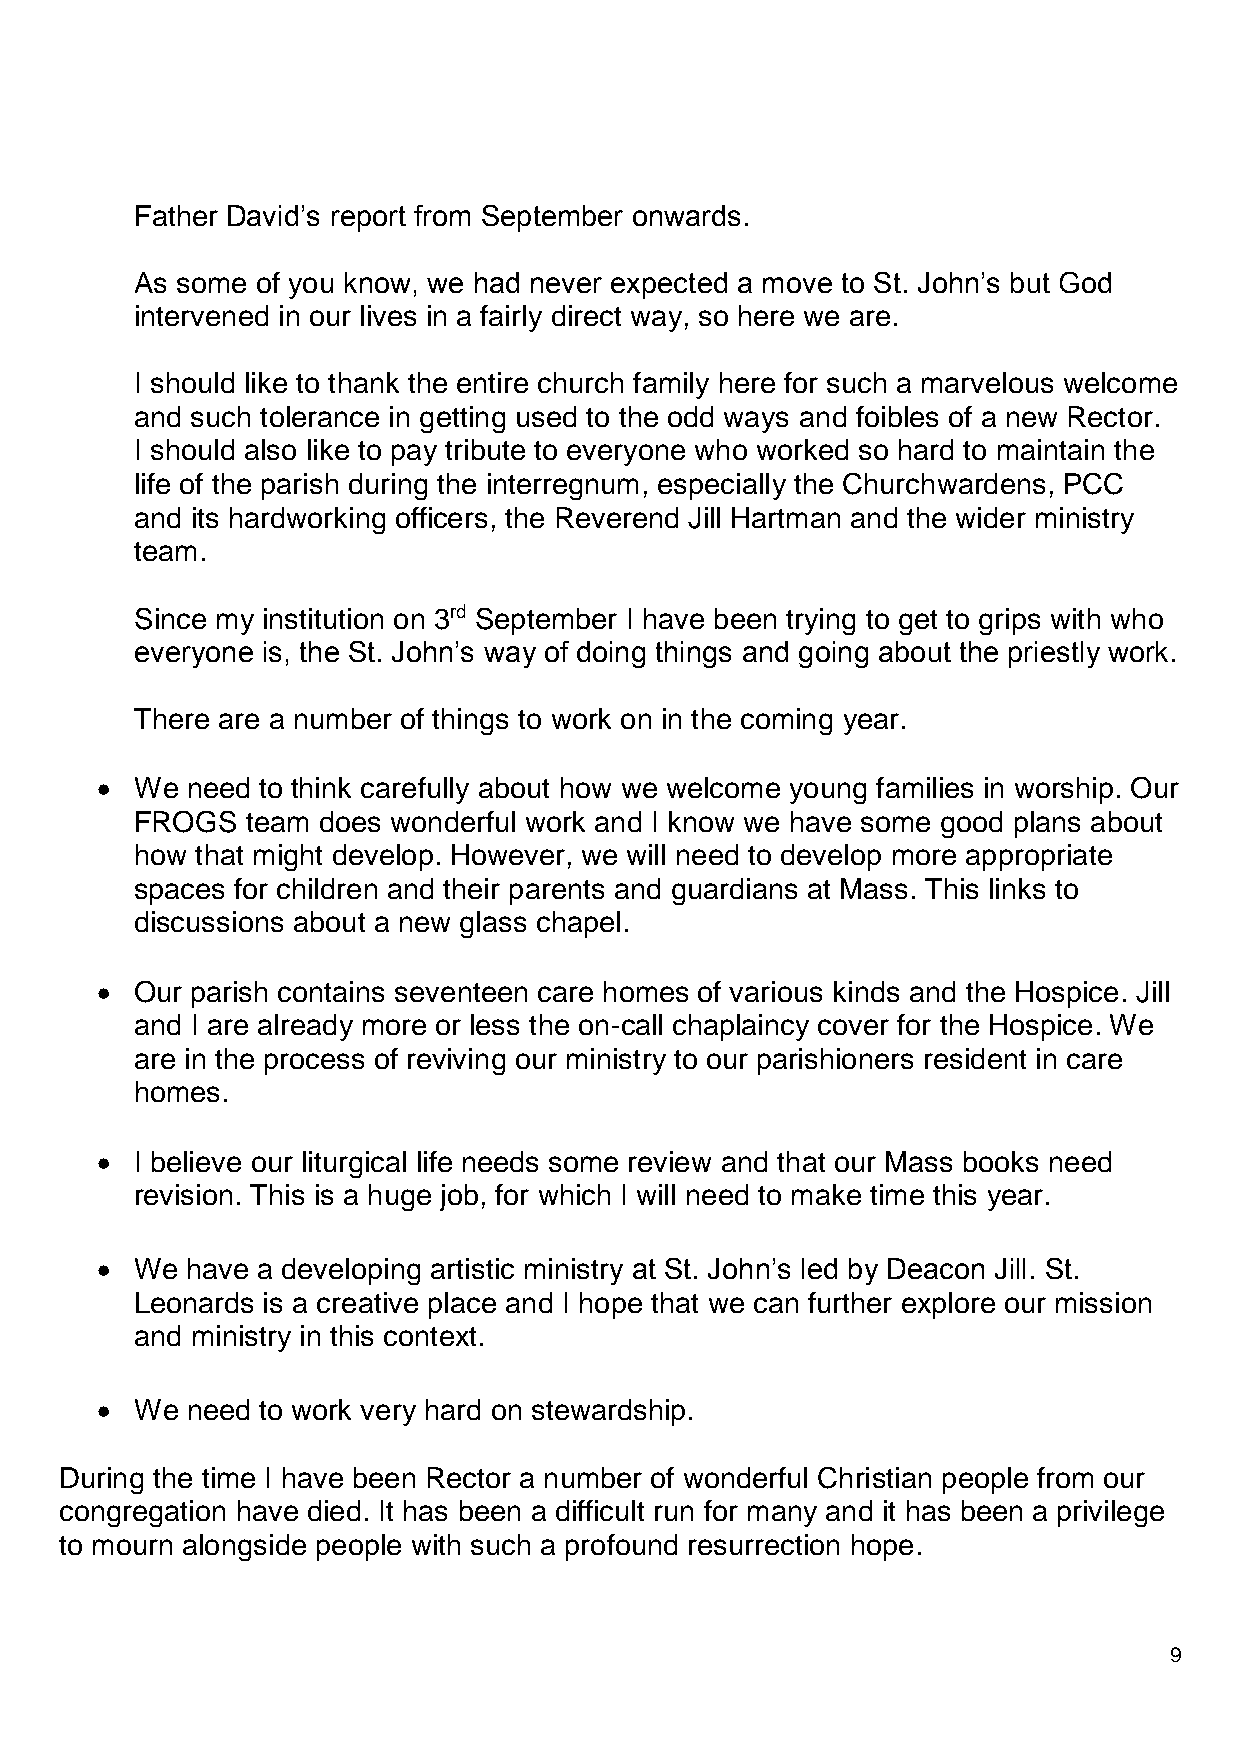
Father David’s report from September onwards.
 As some of you know, we had never expected a move to St. John’s but God
 intervened in our lives in a fairly direct way, so here we are.
 I should like to thank the entire church family here for such a marvelous welcome
 and such tolerance in getting used to the odd ways and foibles of a new Rector.
 I should also like to pay tribute to everyone who worked so hard to maintain the
 life of the parish during the interregnum, especially the Churchwardens, PCC
 and its hardworking officers, the Reverend Jill Hartman and the wider ministry
 team.
 Since my institution on 3rd September I have been trying to get to grips with who
 everyone is, the St. John’s way of doing things and going about the priestly work.
 There are a number of things to work on in the coming year.
   We need to think carefully about how we welcome young families in worship. Our
 FROGS  team does wonderful work and I know we have some good plans about
 how that might develop. However, we will need to develop more appropriate
 spaces for children and their parents and guardians at Mass. This links to
 discussions about a new glass chapel.
   Our parish contains seventeen care homes of various kinds and the Hospice. Jill
 and I are already more or less the on-call chaplaincy cover for the Hospice. We
 are in the process of reviving our ministry to our parishioners resident in care
 homes.
   I believe our liturgical life needs some review and that our Mass books need
 revision. This is a huge job, for which I will need to make time this year.
   We have a developing artistic ministry at St. John’s led by Deacon Jill. St.
 Leonards is a creative place and I hope that we can further explore our mission
 and ministry in this context.
   We need to work very hard on stewardship.
 During the time I have been Rector a number of wonderful Christian people from our
 congregation have died. It has been a difficult run for many and it has been a privilege
 to mourn alongside people with such a profound resurrection hope.
 9